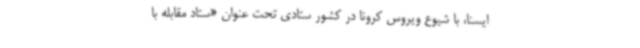
ایسنا، با شیوع ویروس کرونا در کشور ستادی تحت عنوان «ستاد مقابله با